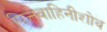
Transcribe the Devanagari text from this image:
पित्तवाहिनीशोथ